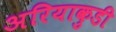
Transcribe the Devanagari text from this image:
अरियाकुडी